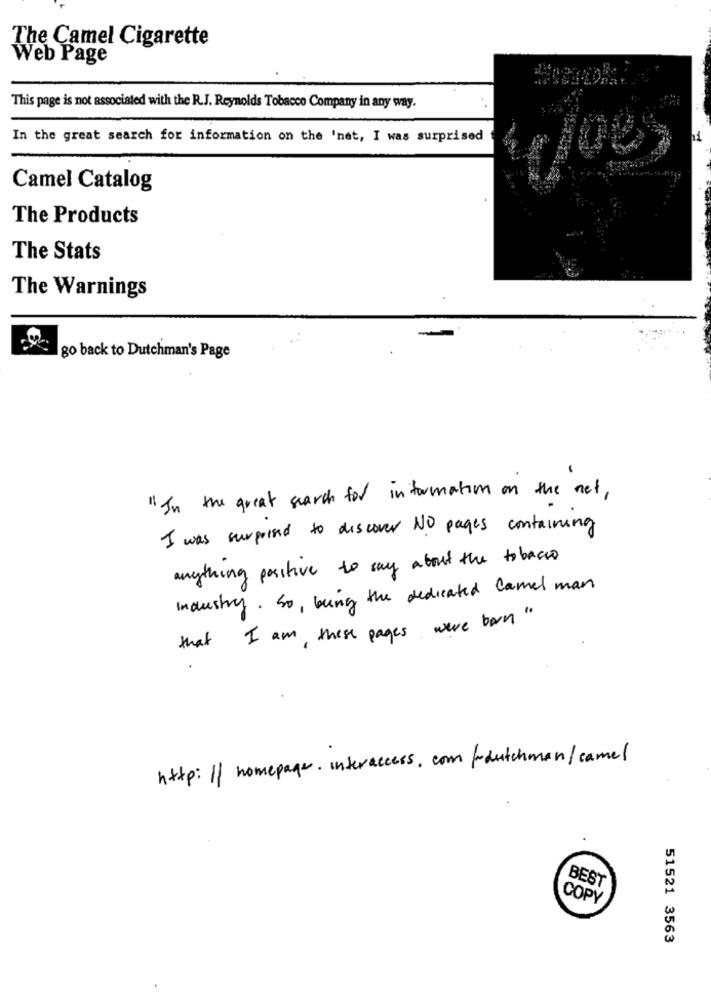
The Camel Cigarette
Web Page
This page is not associated with the R.J. Reynolds Tobacco Company in any way.
In the great search for information on the 'net, I was surprised
Camel Catalog
The Products
The Stats
The Warnings
go back to Dutchman's Page
"In the great search for information on the net,
I was surprised to discover NO pages containing
anything positive to say about the tobacco
Industry . So , being the dedicated Camel man
that I am , these pages were born "
http: // homepage. interaccess. com fodutchman/camel
BEST
COPY
51521 3563